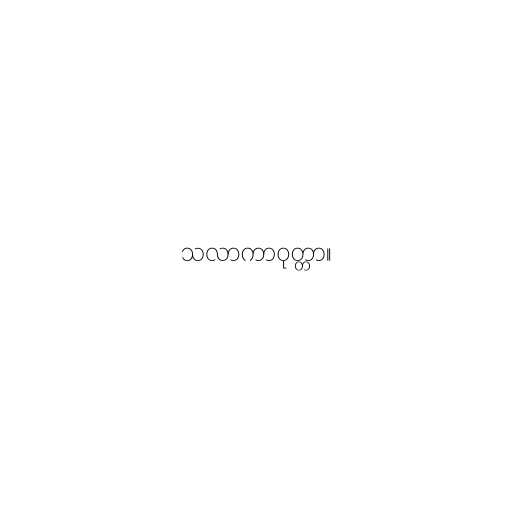
သလာကာဝုတ္တာ။